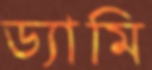
ড্যামি